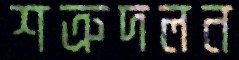
শত্রুদলন